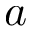
a